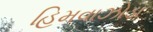
હિમવાઝોડા